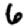
Digit: 6